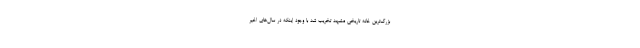
بزرگ‌ترین خانه تاریخی مشهد تخریب شد با وجود اینکه در سال‌های اخیر